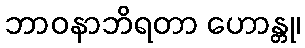
ဘာဝနာဘိရတာ ဟောန္တု၊